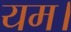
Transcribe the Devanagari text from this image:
यम।